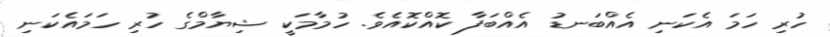
ހުރި ހަމަ އެކަނި އެއްބަނޑު އެއްބަފާ ކޮއްކޮއެވެ. ހުމާމަކީ ޝިޔާމްގެ ހުރި ހަމައެކަނި